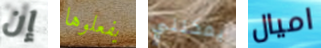
إن يفعلوها يمكنني اميال